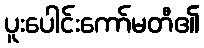
ပူးပေါင်းကော်မတီ၏